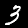
Label: 3